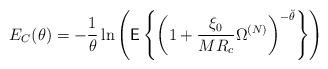
LaTeX: \begin{align*}E_C(\theta)=-\frac{1}{\theta}\ln\left(\textsf{E}\left\{\left(1+\frac{\xi_0}{MR_c}\Omega^{(N)}\right)^{-\breve{\theta}}\right\}\right)\end{align*}